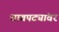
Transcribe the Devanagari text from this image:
धावपट्यांवर